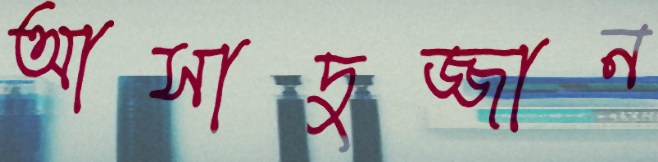
আসাদুজ্জান